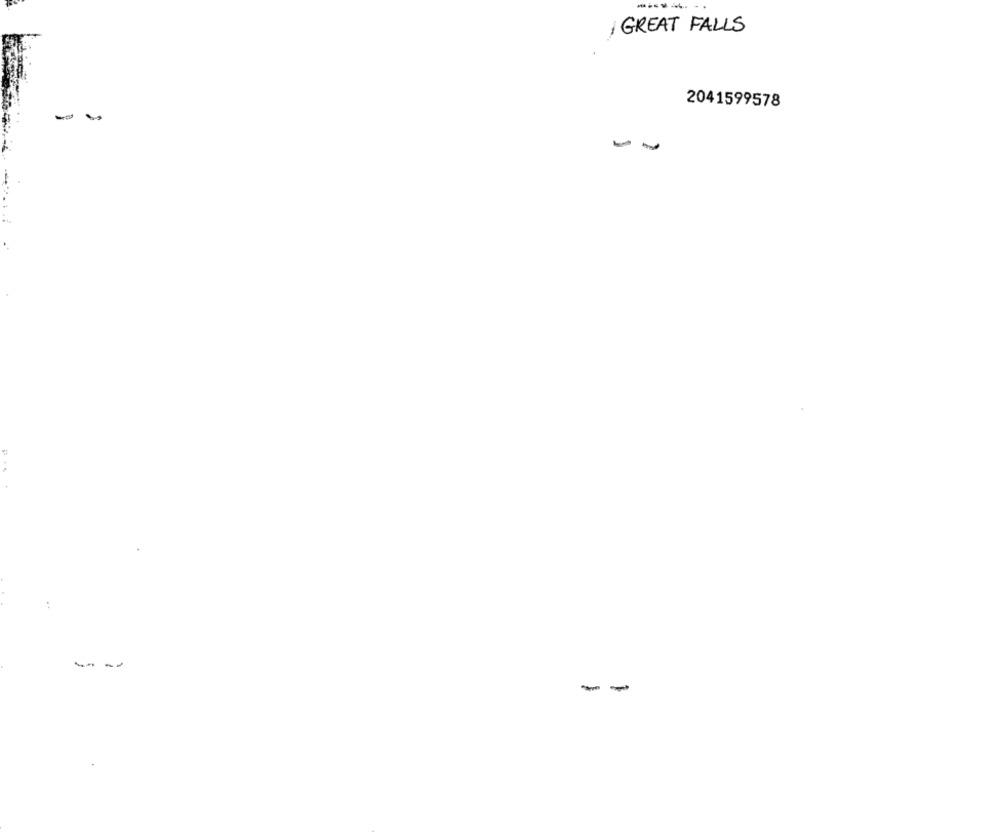
--
, GREAT FALLS
2041599578
-
--
-
-